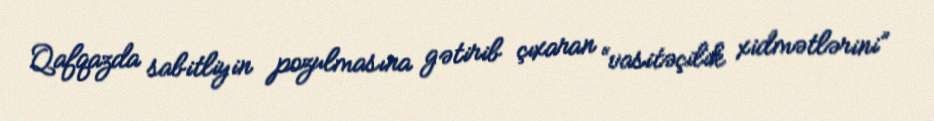
Qafqazda sabitliyin pozulmasına gətirib çıxaran “vasitəçilik xidmətlərini”